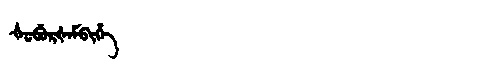
Manchu: ᡧᡠᠪᡠᡵᡧᡝᠮᠪᡳᡥᡝ
Romanization: ŠUBURŠEMBIHE